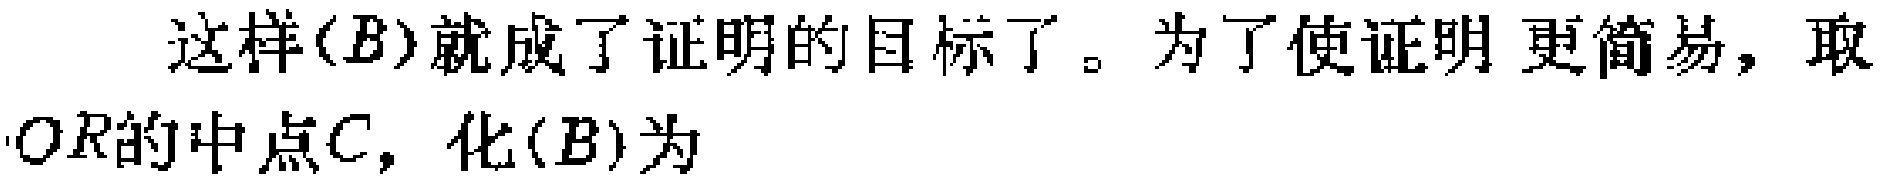
这样$(B)$就成了证明的目标了。为了使证明更简易，取$OR$的中点$C$，化$(B)$为